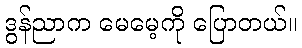
ဒွန်ညာက မေမေ့ကို ပြောတယ်။